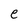
Character: e